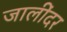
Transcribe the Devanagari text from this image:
जालींदर